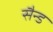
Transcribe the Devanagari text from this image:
सैन्ड